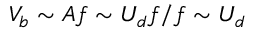
V _ { b } \sim A f \sim U _ { d } f / f \sim U _ { d }